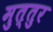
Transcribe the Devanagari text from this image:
मुत्तुर